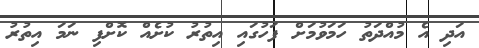
އަދި އެ މުއްދަތު ހަމަވުމަށް ފަހުގައި އިތުރު ކުށެއް ކޮށްފި ނަމަ އިތުރު